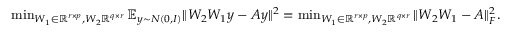
\begin{array} { r } { \operatorname* { m i n } _ { W _ { 1 } \in \mathbb { R } ^ { r \times p } , W _ { 2 } \mathbb { R } ^ { q \times r } } \mathbb { E } _ { y \sim N ( 0 , I ) } \| W _ { 2 } W _ { 1 } y - A y \| ^ { 2 } = \operatorname* { m i n } _ { W _ { 1 } \in \mathbb { R } ^ { r \times p } , W _ { 2 } \mathbb { R } ^ { q \times r } } \| W _ { 2 } W _ { 1 } - A \| _ { F } ^ { 2 } . } \end{array}